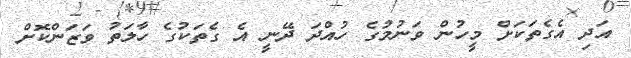
އަދި އެގެތަކަށް މީހުން ވަނުމުގެ ހުއްދަ ދޭނީ އެ ގެތަކުގެ ހާލަތު ވަޒަންކޮށް